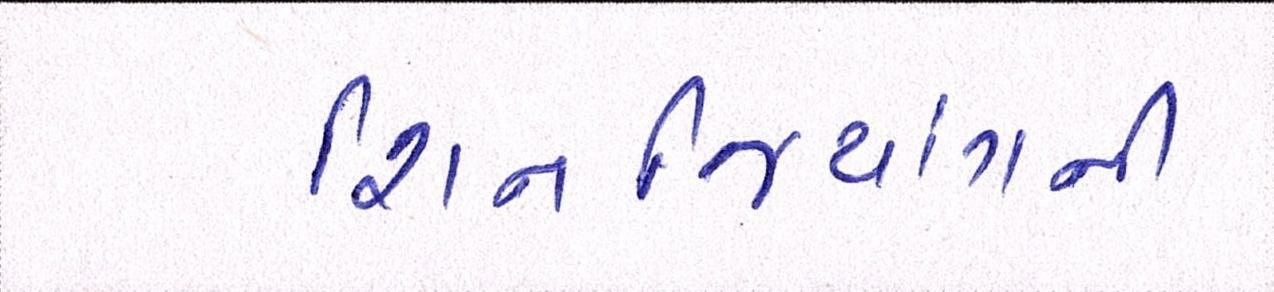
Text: શિનજિયાંગની